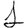
Digit: 1